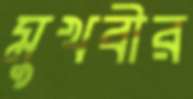
মুখবীর